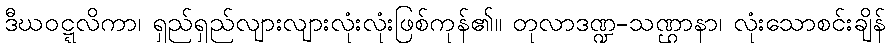
ဒီဃဝဋ္ဋလိကာ၊ ရှည်ရှည်လျားလျားလုံးလုံးဖြစ်ကုန်၏။ တုလာဒဏ္ဍ-သဏ္ဌာနာ၊ လုံးသောစင်းချိန်